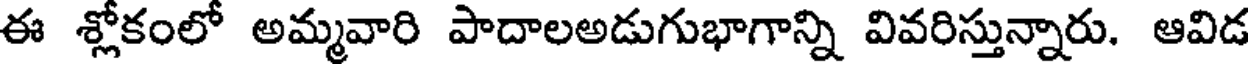
ఈ శ్లోకంలో అమ్మవారి పాదాలఅడుగుభాగాన్ని వివరిస్తున్నారు. ఆవిడ